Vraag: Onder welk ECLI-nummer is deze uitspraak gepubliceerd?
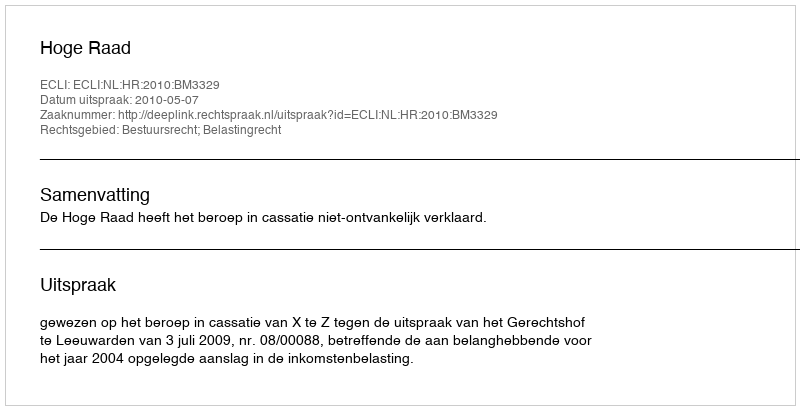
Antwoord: ECLI:NL:HR:2010:BM3329